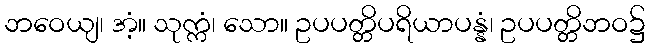
ဘဝေယျ၊ အံ့။ သုက္ကံ၊ သော။ ဥပပတ္တိပရိယာပန္နံ၊ ဥပပတ္တိဘဝ၌